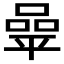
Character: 𰏬